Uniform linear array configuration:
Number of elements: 32
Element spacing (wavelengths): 0.75
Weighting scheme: hamming
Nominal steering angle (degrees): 0
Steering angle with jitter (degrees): -0.08733
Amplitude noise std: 0.05
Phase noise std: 0.05

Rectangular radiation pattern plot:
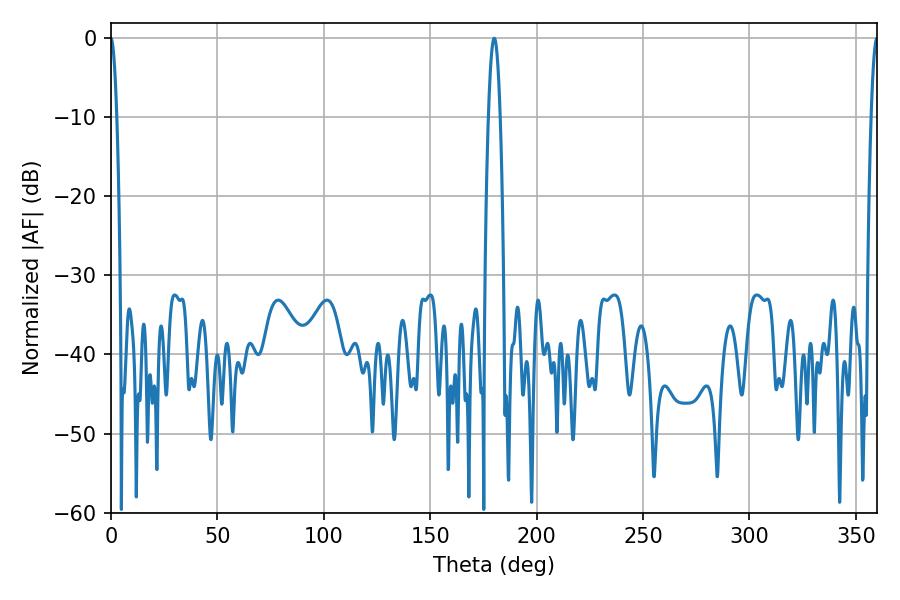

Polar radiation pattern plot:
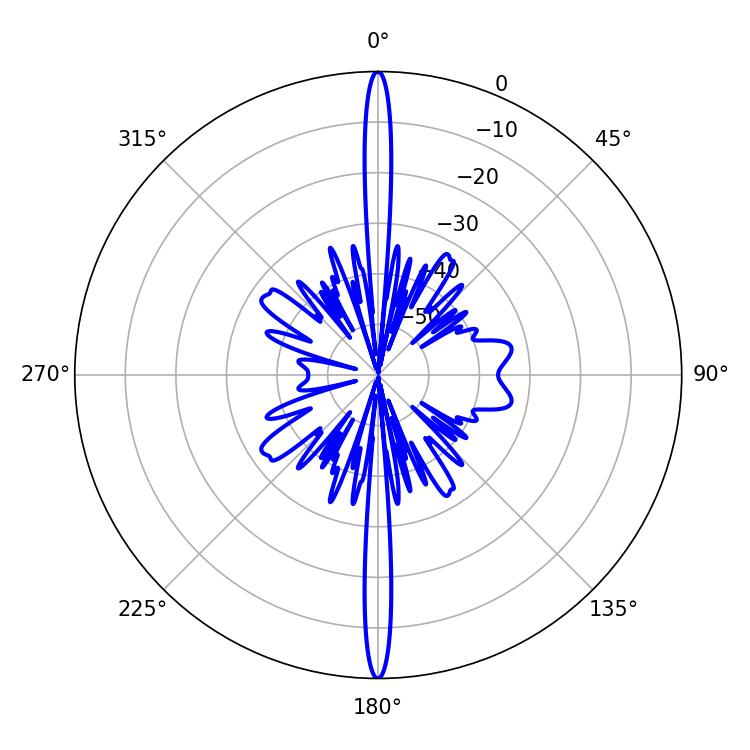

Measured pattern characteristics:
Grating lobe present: TRUE
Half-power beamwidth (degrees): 1.62
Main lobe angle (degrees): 360